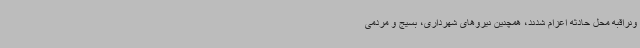
ونراقبه محل حادثه اعزام شدند، همچنین نیروهای شهرداری، بسیج و مردمی